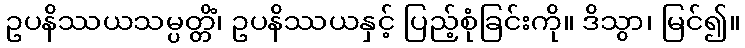
ဥပနိဿယသမ္ပတ္တိံ၊ ဥပနိဿယနှင့် ပြည့်စုံခြင်းကို။ ဒိသွာ၊ မြင်၍။